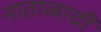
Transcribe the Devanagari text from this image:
नाताळाची